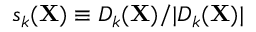
s _ { k } ( { \mathbf X } ) \equiv D _ { k } ( { \mathbf X } ) / | D _ { k } ( { \mathbf X } ) |